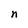
Character: n